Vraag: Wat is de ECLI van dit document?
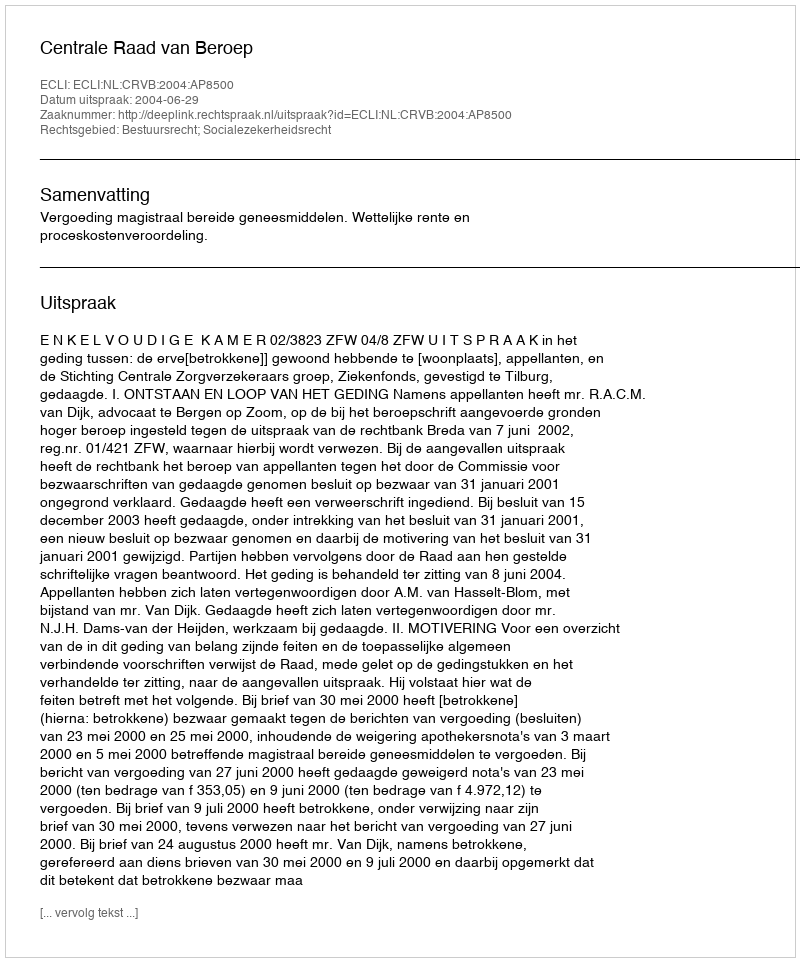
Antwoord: ECLI:NL:CRVB:2004:AP8500